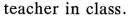
teacher in class.